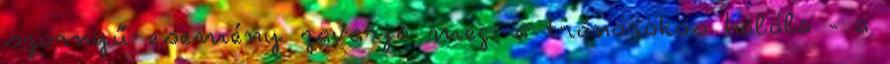
szörnyű esemény zavarja meg: a trónörökös halála - a